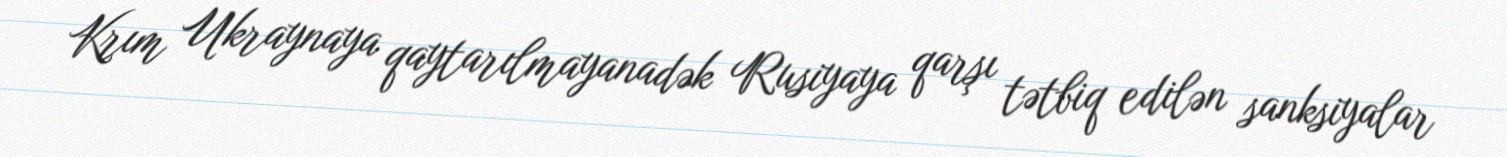
Krım Ukraynaya qaytarılmayanadək Rusiyaya qarşı tətbiq edilən sanksiyalar